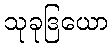
သုခုဒြယော